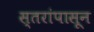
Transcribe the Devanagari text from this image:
स्तरांपासून